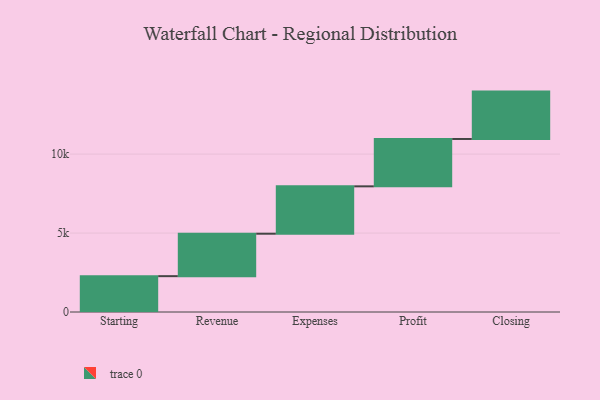
{"axis": {"x": "Step", "y": "Value"}, "legend": [""], "data": [{"x": "Starting", "y": 2270.0, "type": ""}, {"x": "Revenue", "y": 2688.0, "type": ""}, {"x": "Expenses", "y": 3000, "type": ""}, {"x": "Profit", "y": 3000, "type": ""}, {"x": "Closing", "y": 3000, "type": ""}]}